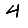
Digit: 4